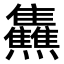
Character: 𤓬